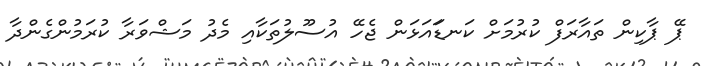
ޕޭ ޕާކިން ތައާރަފް ކުރުމަށް ކަނޑަައަޅަން ޖެހޭ އުސޫލުތަކާއި މެދު މަޝްވަރާ ކުރަމުންގެންދާ